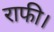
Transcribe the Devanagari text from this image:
राफी।